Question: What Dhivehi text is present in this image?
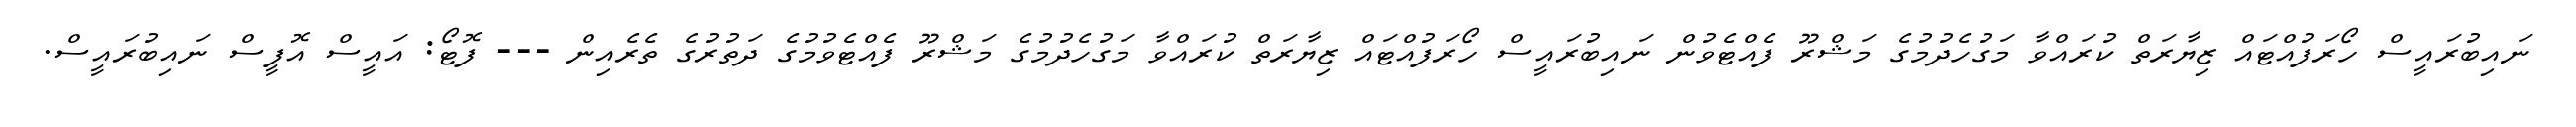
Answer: ނައިބުރައީސް ހޯރަފުއްޓައް ޒިޔާރަތް ކުރައްވާ މަގުހެދުމުގެ މަޝްރޫ ފެއްޓެވުން ނައިބުރައީސް ހޯރަފުއްޓައް ޒިޔާރަތް ކުރައްވާ މަގުހެދުމުގެ މަޝްރޫ ފެއްޓެވުމުގެ ދަތުރުގެ ތެރެއިން --- ފޮޓޯ: އައީސް އޮފީސް ނައިބުރައީސް.